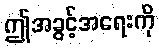
ဤအခွင့်အရေးကို